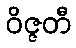
ဝိဇ္ဇတီ